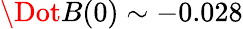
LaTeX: \Dot{B}(0)\sim-0.028